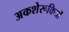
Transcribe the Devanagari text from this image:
अकशेरूकियों